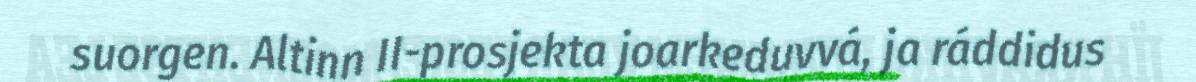
suorgen. Altinn II-prosjekta joarkeduvvá, ja ráddidus